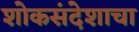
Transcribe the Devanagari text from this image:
शोकसंदेशाचा